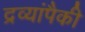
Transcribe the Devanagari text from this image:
द्रव्यांपैकी